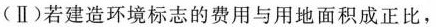
(Ⅱ)若建造环境标志的费用与用地面积成正比，